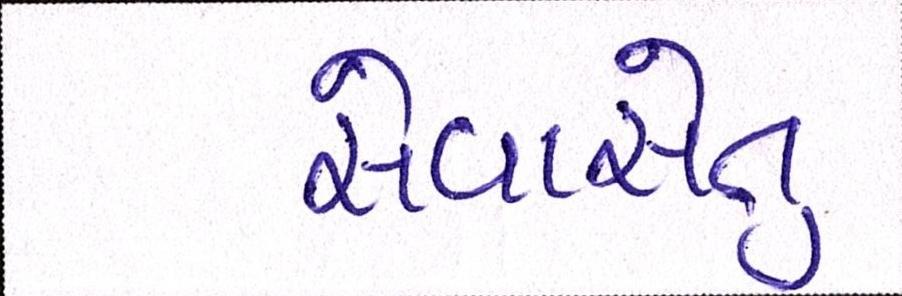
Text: સેવાસેતુ